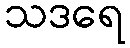
သဒရေ